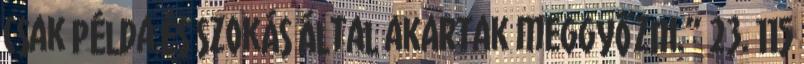
csak példa és szokás által akartak meggyőzni.” 23. 115